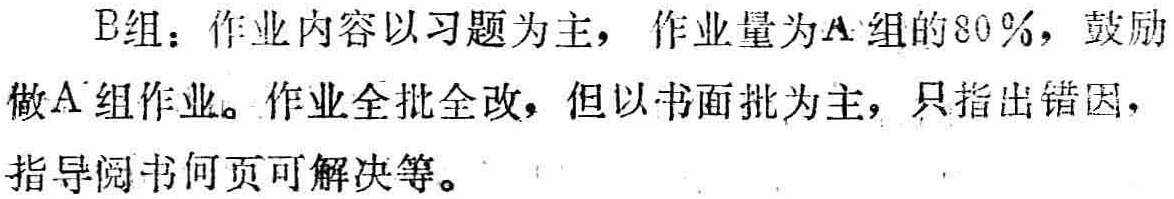
B组：作业内容以习题为主， 作业量为A组的80\%，鼓励做A组作业。作业全批全改，但以书面批为主，只指出错因，指导阅书何页可解决等。